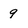
Character: 9